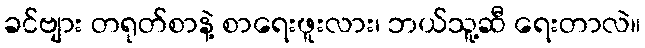
ခင်ဗျား တရုတ်စာနဲ့ စာရေးဖူးလား၊ ဘယ်သူ့ဆီ ရေးတာလဲ။